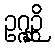
ဥဂ္ဂဉ္ဆိ